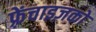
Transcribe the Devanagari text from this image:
फ़्रेंचाइज़को